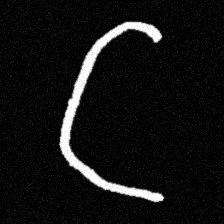
Pyu character \u2014 Myanmar letter: ဋ (romanized: tta)